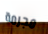
مجرمة